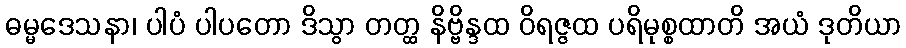
ဓမ္မဒေသနာ၊ ပါပံ ပါပတော ဒိသွာ တတ္ထ နိဗ္ဗိန္ဒထ ဝိရဇ္ဇထ ပရိမုစ္စထာတိ အယံ ဒုတိယာ